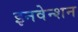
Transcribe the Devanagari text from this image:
इनवेन्शन